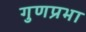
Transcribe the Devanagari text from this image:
गुणप्रभा